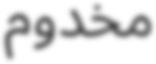
مخدوم